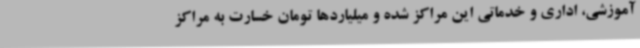
آموزشی، اداری و خدماتی این مراکز شده و میلیاردها تومان خسارت به مراکز